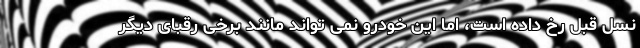
نسل قبل رخ داده است، اما این خودرو نمی تواند مانند برخی رقبای دیگر